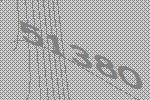
51380